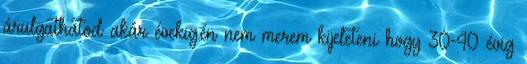
árulgathatod akár évekig.én nem merem kijeleteni hogy 30-40 évig